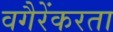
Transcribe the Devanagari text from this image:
वगैरेंकरता